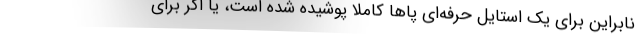
نابراین برای یک استایل حرفه‌ای پاها کاملا پوشیده شده است، یا اگر برای